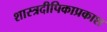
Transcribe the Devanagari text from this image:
शास्त्रदीपिकाप्रकाश